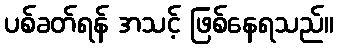
ပစ်ခတ်ရန် အသင့် ဖြစ်နေရသည်။